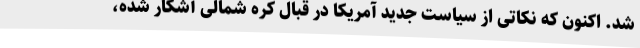
شد. اکنون که نکاتی از سیاست جدید آمریکا در قبال کره شمالی آشکار شده،